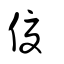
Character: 𠌘